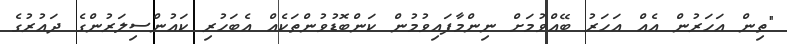
"ތިން އަހަރުން އެއް އަހަރު ބޭއްވުމަށް ނިންމާފައިވުމުން ކަންބޮޑުވުންތަކެއް އެބަހުރި ކައުންސިލަރުންގެ ދައުރުގެ